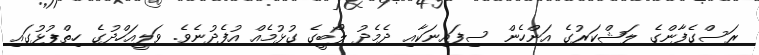
ރަސްގެފާންގެ ލަޝްކަރުގެ އަންހެން ސިފައިނަކާއި ދެމެދު ލޯބީގެ ގުޅުމެއް އުފެދުނެވެ. ވަލީއަހްދުގެ ހިތްޕުޅުގައި